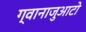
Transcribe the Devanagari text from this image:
ग्वानाजुआटो